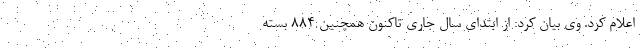
اعلام کرد. وی بیان کرد: از ابتدای سال جاری تاکنون همچنین ۸۸۴ بسته